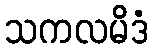
သကလမိဒံ